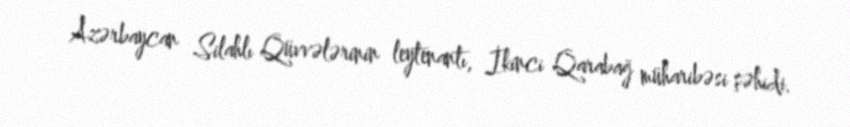
Azərbaycan Silahlı Qüvvələrinin leytenantı, İkinci Qarabağ müharibəsi şəhidi.